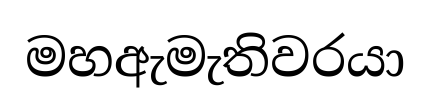
මහඇමැතිවරයා